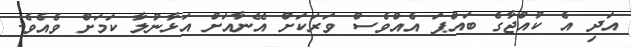
އަދި އެ ކުއްޖާގެ ބައްޕަ އެއްވެސް ވަރަކަށް އޭނާއަށް އަޅާނުލާ ކަމަށް ވެއެވެ.